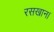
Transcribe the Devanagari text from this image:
रसखान।